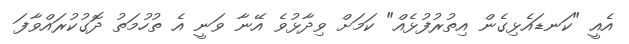
އެއީ "ކަނޑައެޅިގެން އިތުރުފުޅެއް" ކަމަށް ވިދާޅުވެ އޭނާ ވަނީ އެ ތުހުމަތު ދޮގުކުރައްވާފަ